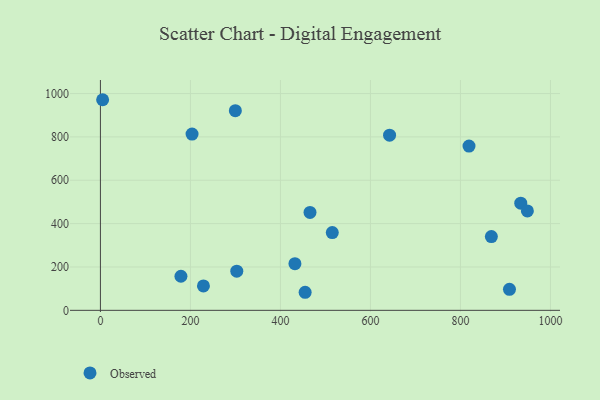
{"axis": {"x": "Experience", "y": "Demand"}, "legend": ["Observed"], "data": [{"x": "642.5", "y": 808.2, "type": "Observed"}, {"x": "934.0", "y": 494.4, "type": "Observed"}, {"x": "454.9", "y": 83.3, "type": "Observed"}, {"x": "203.6", "y": 813.1, "type": "Observed"}, {"x": "465.7", "y": 451.8, "type": "Observed"}, {"x": "178.9", "y": 157.2, "type": "Observed"}, {"x": "868.7", "y": 340.3, "type": "Observed"}, {"x": "948.7", "y": 458.7, "type": "Observed"}, {"x": "515.2", "y": 358.7, "type": "Observed"}, {"x": "432.2", "y": 215.4, "type": "Observed"}, {"x": "4.9", "y": 971.5, "type": "Observed"}, {"x": "303.0", "y": 180.6, "type": "Observed"}, {"x": "908.9", "y": 96.8, "type": "Observed"}, {"x": "299.8", "y": 921.1, "type": "Observed"}, {"x": "819.0", "y": 757.8, "type": "Observed"}, {"x": "228.9", "y": 112.7, "type": "Observed"}]}